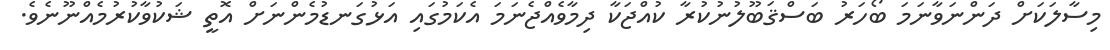
މިސާލަކަށް ދަންނަވާނަމަ ބޯހަރު ބަސްޤަބޫލުނުކުރާ ކުއްޖަކާ ދިމާވެއްޖެނަމަ އެކަމުގައި އަޅުގަނޑުމެންނަށް އޮތީ ޝަކުވާކުރުމެއްނޫނެވެ.